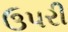
ઉપરી